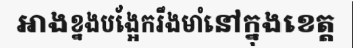
អាងខ្នងបង្អែករឹងមាំនៅក្នុងខេត្ត